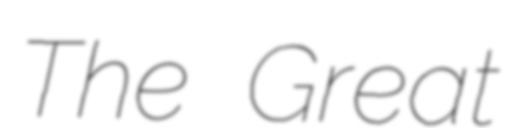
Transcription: The Great